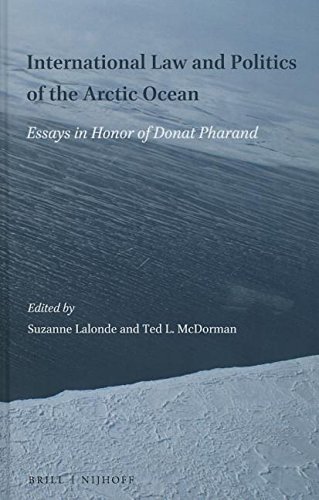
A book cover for International Law and Politics of the Arctic Ocean: Essays in Honor of Donat Pharand; Law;